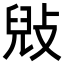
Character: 㪒